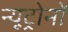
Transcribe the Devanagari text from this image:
न्यूट्रोनों